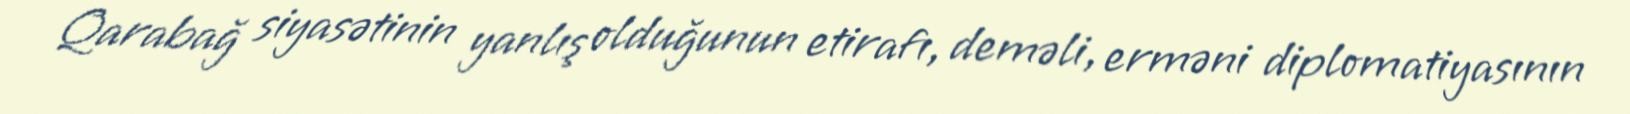
Qarabağ siyasətinin yanlış olduğunun etirafı, deməli, erməni diplomatiyasının